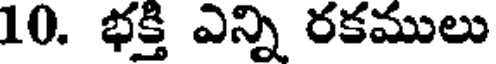
10. భక్తి ఎన్ని రకములు